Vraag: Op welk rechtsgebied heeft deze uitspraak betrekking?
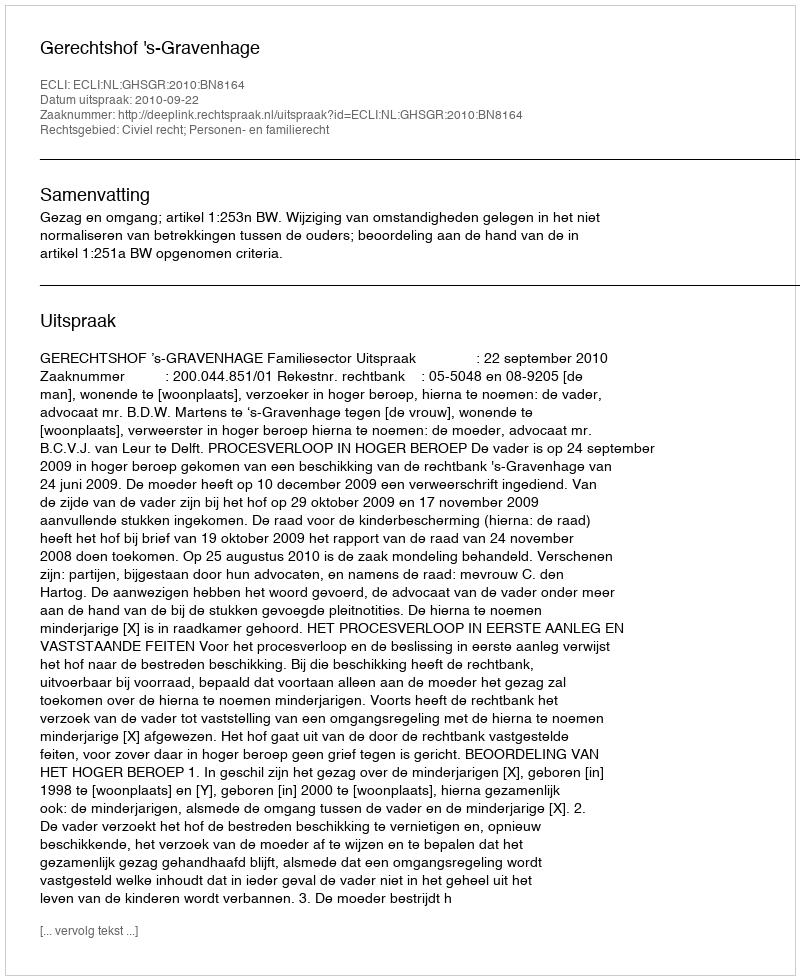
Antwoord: Civiel recht; Personen- en familierecht